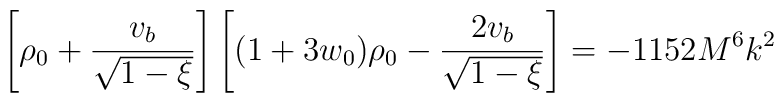
\left[\rho_0 + \frac{v_b}{\sqrt{1 - \xi}}\right]\left[(1 + 3 w_0) \rho_0 - \frac{2 v_b}{\sqrt{1 - \xi}} \right] = -1152 M^6 k^2